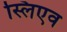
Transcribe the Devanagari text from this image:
स्लिएव